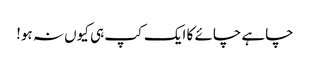
چاہے چائے کا ایک کپ ہی کیوں نہ ہو!